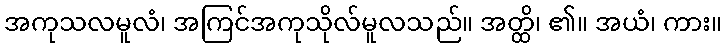
အကုသလမူလံ၊ အကြင်အကုသိုလ်မူလသည်။ အတ္ထိ၊ ၏။ အယံ၊ ကား။